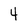
Character: 4